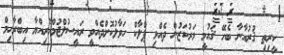
ކީރިތި ޤުރުއާނާ ބެހޭ ޤައުމީ މަރުކަޒުން ދެއްވި ޕްލާކް ހަވާލުކޮށްދެއްވީ ރައީސުލްޖުމްހޫރިއްޔާ އިބްރާހިމް